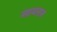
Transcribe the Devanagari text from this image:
मायरन